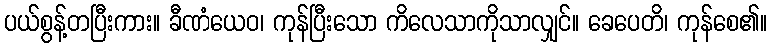
ပယ်စွန့်တပြီးကား။ ခီဏံယေဝ၊ ကုန်ပြီးသော ကိလေသာကိုသာလျှင်။ ခေပေတိ၊ ကုန်စေ၏။